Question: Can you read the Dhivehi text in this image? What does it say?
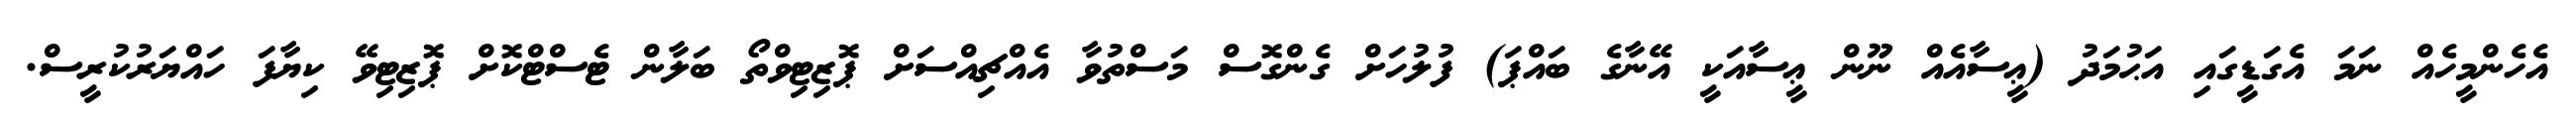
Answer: އެހެންމީހެއް ނަމަ އެގަޑީގައި އަޙުމަދު (ޢީސާއެއް ނޫން ޢީސާއަކީ އޭނާގެ ބައްޕަ) ފުލުހަށް ގެންގޮސް މަސްތުވާ އެއްޗިއްސަށް ޕޮޒިޓިވްތޯ ބަލާން ޓެސްޓްކޮށް ޕޮޒިޓިވޭ ކިޔާފަ ހައްޔަރުކުރީސް.